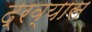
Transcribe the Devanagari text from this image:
द्रव्यास